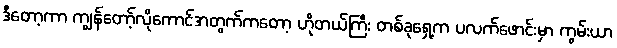
ဒီတော့ကာ ကျွန်တော့်လိုကောင်အတွက်ကတော့ ဟိုတယ်ကြီး တစ်ခုရှေ့က ပလက်ဖောင်းမှာ ကွမ်းယာ